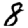
Digit: 8